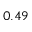
0 . 4 9